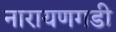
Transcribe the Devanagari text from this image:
नारायणगडी